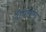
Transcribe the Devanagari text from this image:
दीर्घराति